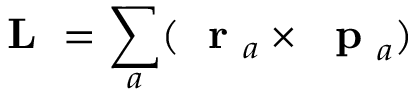
\mathrm { ~ \bf ~ L ~ } = \sum _ { a } ( \mathrm { ~ \bf ~ r ~ } _ { a } \times \mathrm { ~ \bf ~ p ~ } _ { a } )